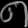
Digit: ၈